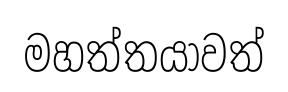
මහත්තයාවත්